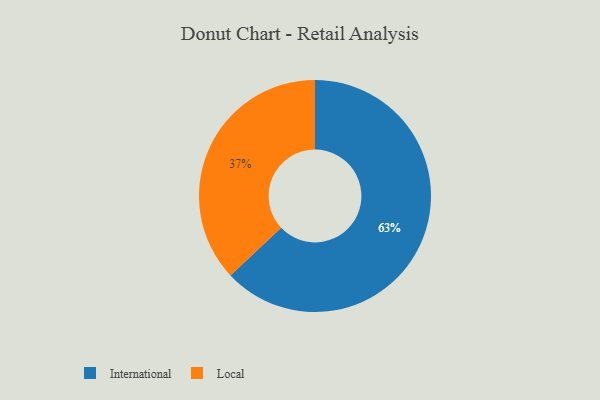
{"axis": {"x": "Category", "y": "Percentage"}, "legend": ["International", "Local"], "data": [{"x": "Local", "y": 37, "type": "Local"}, {"x": "International", "y": 63, "type": "International"}]}